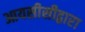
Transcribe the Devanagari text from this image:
आयसीसीद्वारा